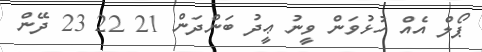
ޕޯލް އެއް ހުޅުވަން ވީނު ޢީދު ބަންދަން 21 22 23 ދޭން